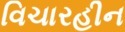
વિચારહીન